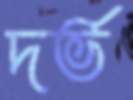
দর্ভ